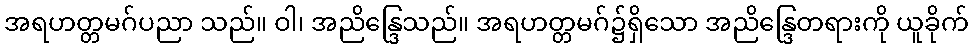
အရဟတ္တမဂ်ပညာ သည်။ ဝါ၊ အညိန္ဒြေသည်။ အရဟတ္တမဂ်၌ရှိသော အညိန္ဒြေတရားကို ယူခိုက်